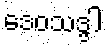
ဒေဝသဒ္ဒါ